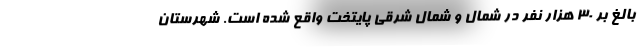
بالغ بر ۳۰ هزار نفر در شمال و شمال شرقی پایتخت واقع شده است. شهرستان